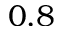
0 . 8